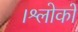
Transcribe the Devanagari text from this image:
।श्लोकों